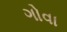
ગોવા